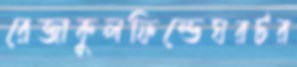
রেজাকুলফিল্ডেঘরটর